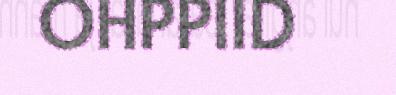
OHPPIID